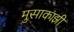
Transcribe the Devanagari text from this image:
मुसाकाझी